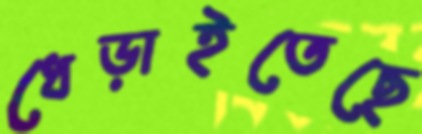
ধেড়াইতেছে